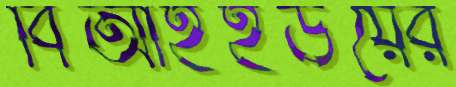
বিআইইউয়ের